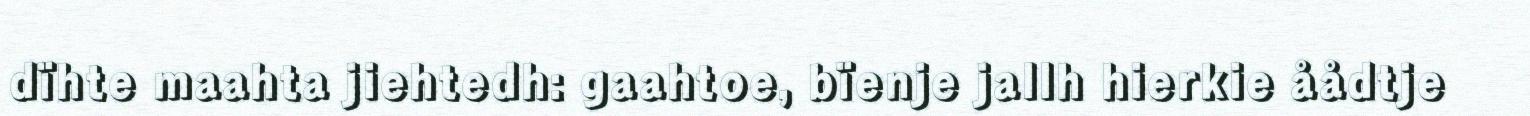
dïhte maahta jiehtedh: gaahtoe, bïenje jallh hierkie åådtje